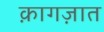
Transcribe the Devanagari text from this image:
क़ागज़ात